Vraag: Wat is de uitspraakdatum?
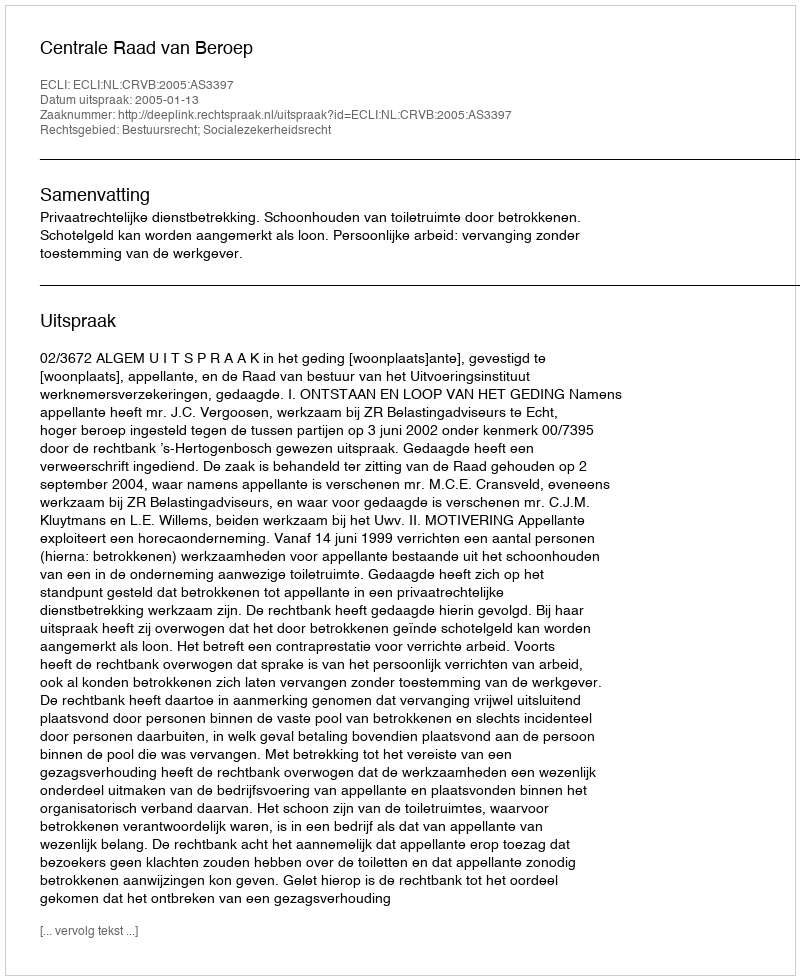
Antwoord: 2005-01-13